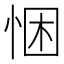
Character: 悃